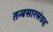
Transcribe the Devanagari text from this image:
तन्त्रसारसंग्रह